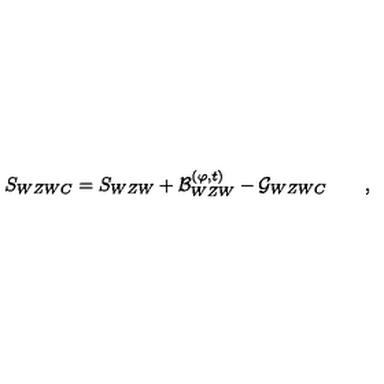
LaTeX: S _ { W Z W C } = S _ { W Z W } + { \cal B } _ { W Z W } ^ { ( \varphi , t ) } - { \cal G } _ { W Z W C } \qquad ,